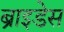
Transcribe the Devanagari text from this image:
ब्राइडेस